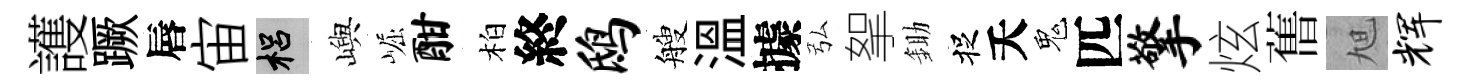
護蹶唇宙梠嶼崛酣柏終鸱艘溫據弘挐鋤捉夭鬼匹擎炫𦾔旭辉